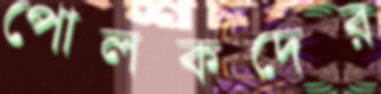
পোলকদের